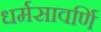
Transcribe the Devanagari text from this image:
धर्मसावर्णि